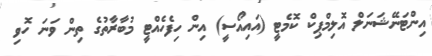
އިންޓަނޭޝަނަލް އޮލިމްޕިކް ކޮމެޓީ (އައިއޯސީ) އިން ހިފެހެއްޓީ މުބާރާތުގެ ތިން ވަނަ ހޮވި